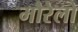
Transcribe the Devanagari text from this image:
मौरेलो